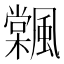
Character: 𩘽